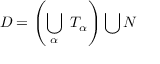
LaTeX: D = \left( \bigcup _ { \alpha } \ { \cal T } _ { \alpha } \right) \bigcup { \cal N }